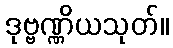
ဒုဗ္ဗဏ္ဏိယသုတ်။